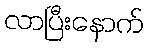
လာပြီးနောက်